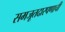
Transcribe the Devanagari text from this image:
समजूतदारपणाची